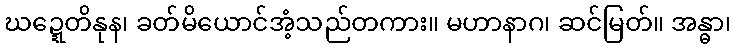
ဃဍ္ဍေတိနုန၊ ခတ်မိယောင်အံ့သည်တကား။ မဟာနာဂ၊ ဆင်မြတ်။ အန္ဓာ၊